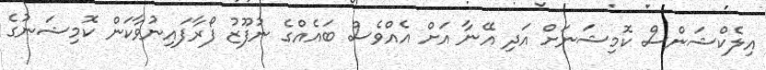
އިލެކްޝަންސް ކޮމިޝަނަށް އަދި އޭނާ އަށް އެއްވެސް ބައެއްގެ ނުފޫޒު ފޯރާފައިނުވާކަން ކޮމިޝަނުގެ